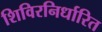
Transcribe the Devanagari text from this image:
शिविरनिर्धारित